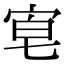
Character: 𡨗